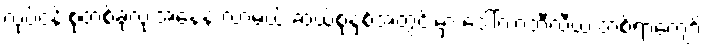
လုပ်ငန်းစုတစ်ခုလုံးအနေနဲ့ လာမယ့် ဆယ်စုနှစ်အတွင်းမှာ ဒေါ်လာဘီလီယံ တစ်ရာကျော်